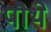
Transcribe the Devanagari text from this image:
पौथे